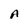
Character: A